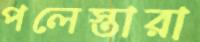
পলেস্তারা